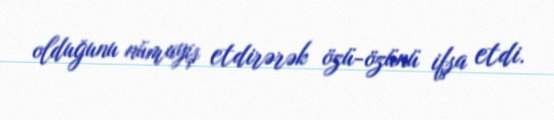
olduğunu nümayiş etdirərək özü-özünü ifşa etdi.